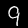
Digit: 9